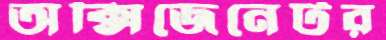
অক্সিজেনেটর